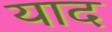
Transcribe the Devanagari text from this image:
याद